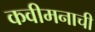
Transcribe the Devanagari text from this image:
कवीमनाची